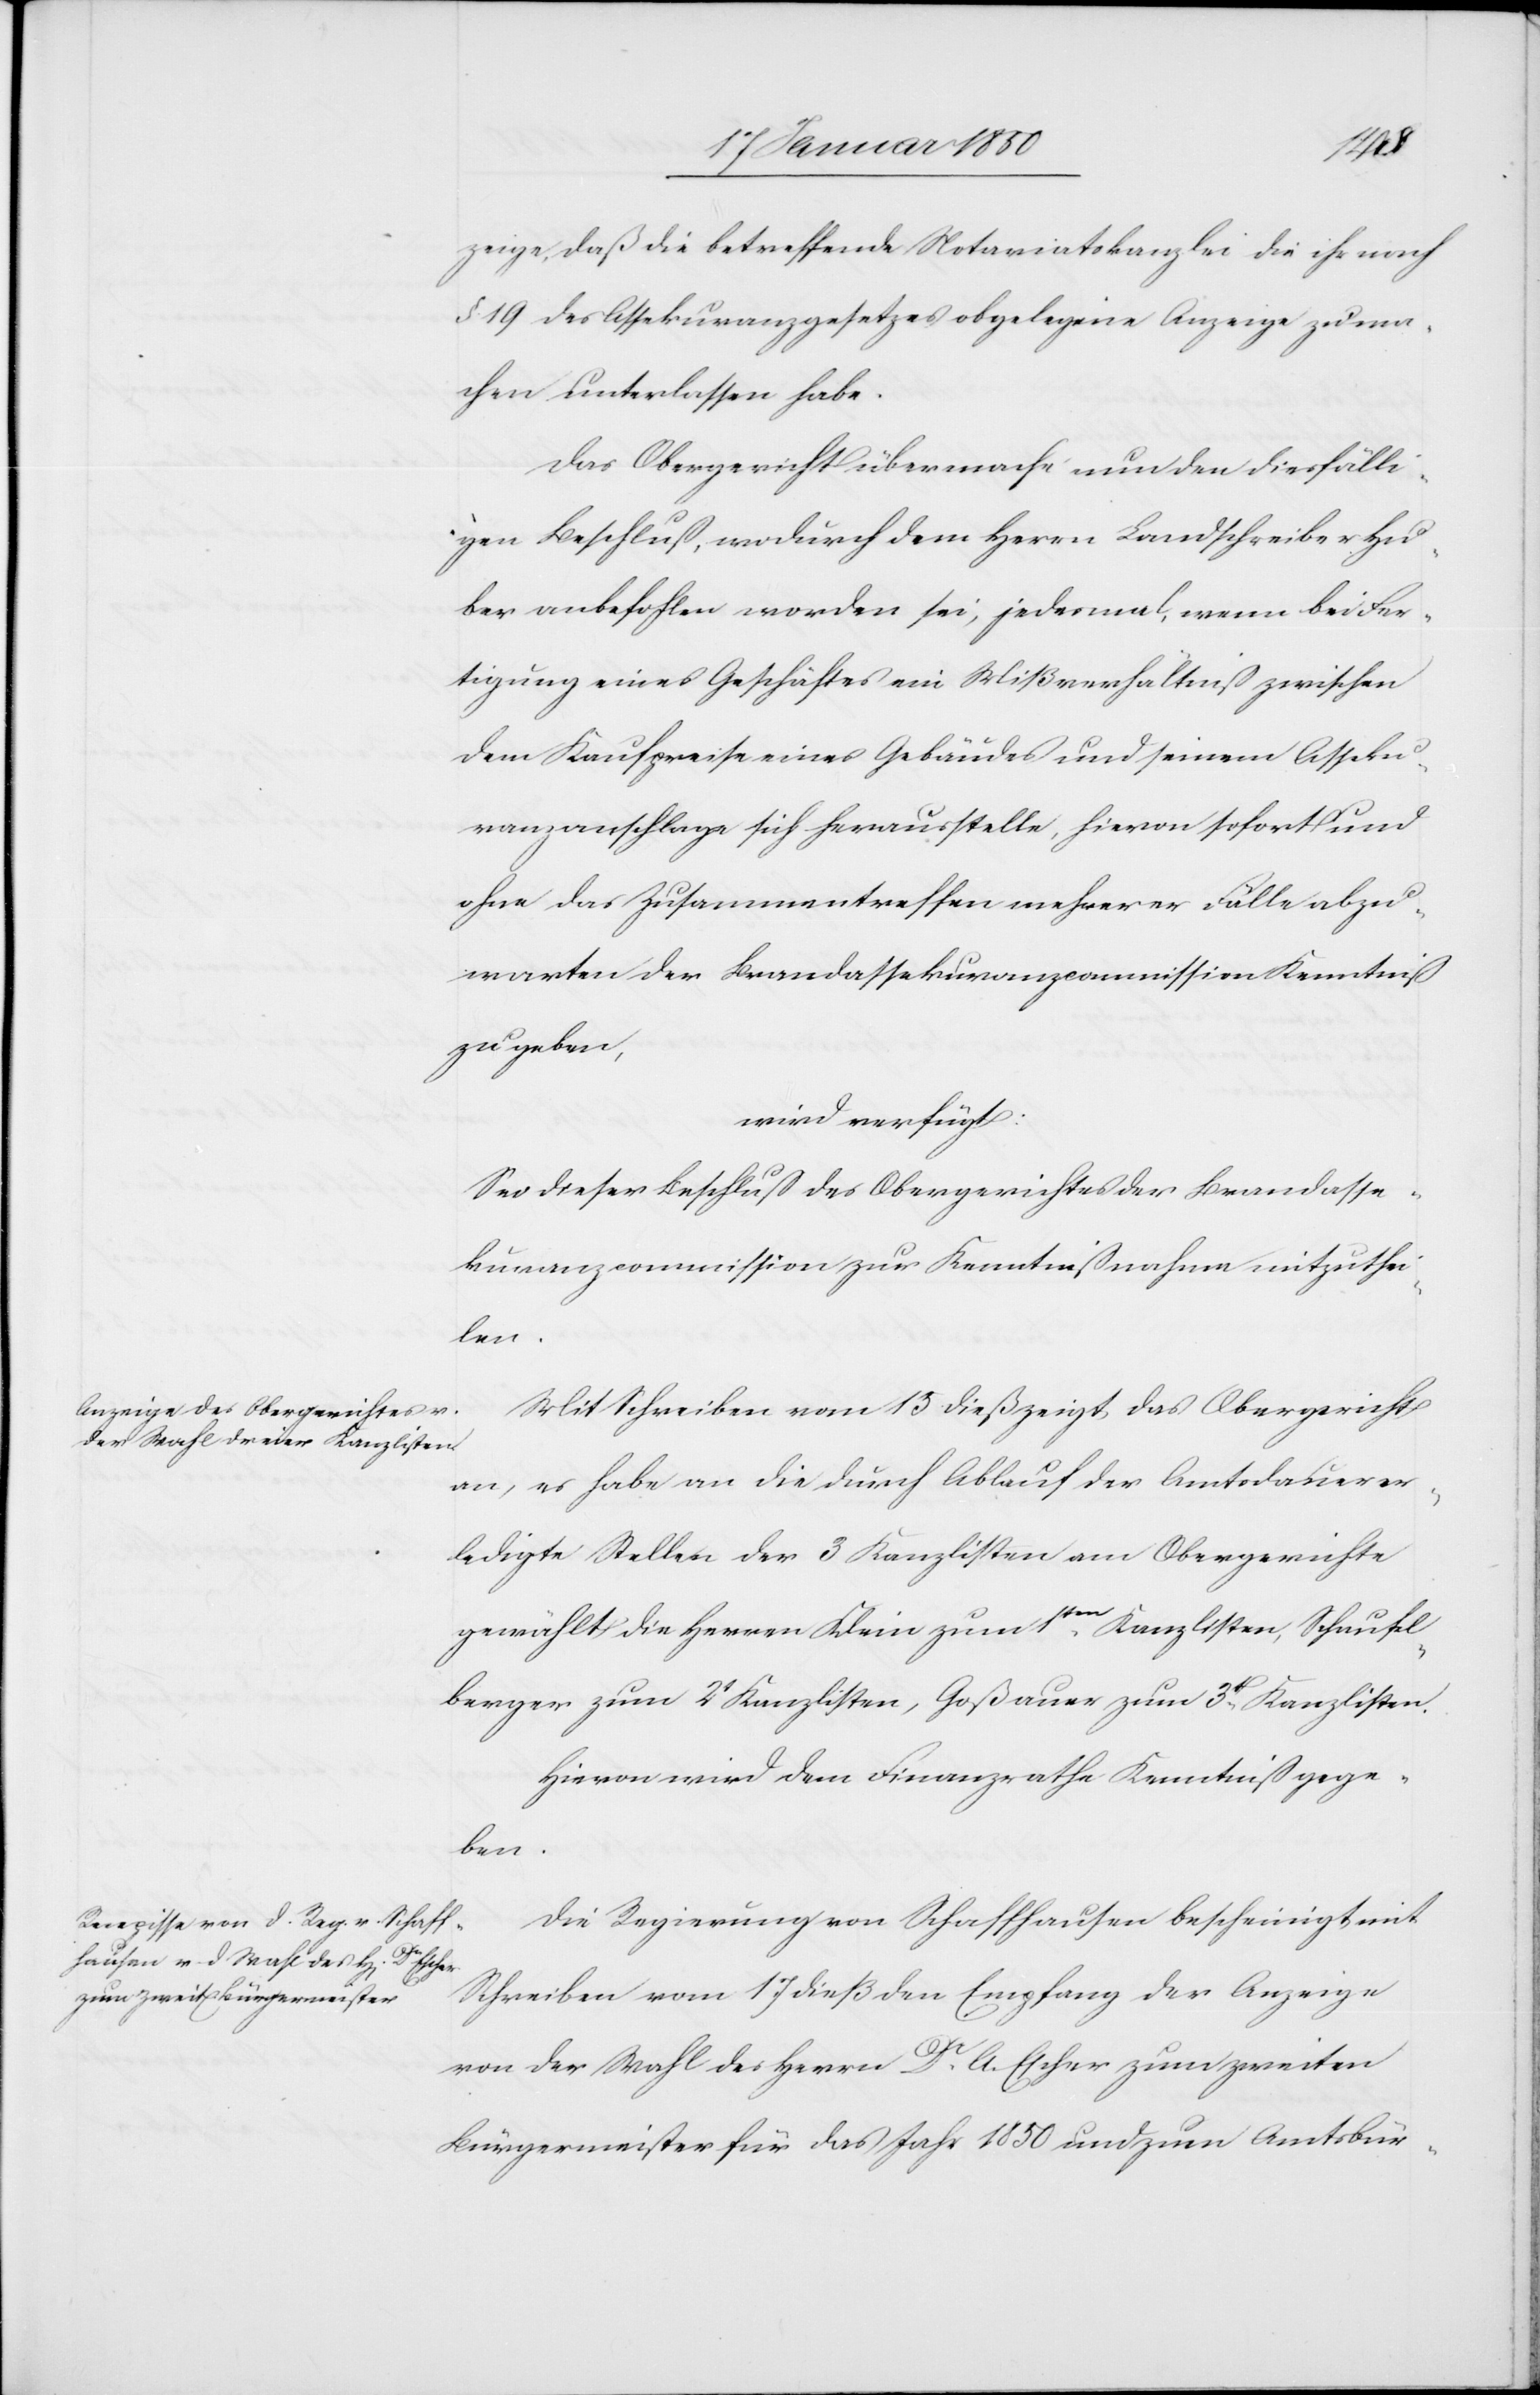
20
zeige, daß die betreffende Notariatskanzlei die ihr nach
§. 19 des Assekuranzgesetzes obgelegene Anzeige zu ma¬
chen unterlassen habe.
Das Obergericht übermache nun den diesfälli¬
gen Beschluß, wodurch dem Herrn Landschreiber Hu¬
ber anbefohlen worden sei, jedesmal, wenn bei Fer¬
tigung eines Geschäftes ein Mißverhaltniß zwischen
dem Kaufpreise eines Gebäudes und seinem Asseku¬
ranzanschlage sich herausstelle, hievon sofort und
ohne das Zusammentreffen mehrerer Fälle abzu¬
warten der Brandassekuranzcommission Kenntiß
zu geben,
wird verfügt:
Sei dieser Beschluß des Obergerichtes der Brandasse¬
kuranzcommission zur Kenntißnahme mitzuthei¬
len.
Mit Schreiben vom 15 dieß zeigt das Obergericht
an, es habe an die durch Ablauf der Amtsdauer er¬
ledigte Stellen der 3 Kanzlisten am Obergerichte
den
gewählt die Herren Klein zum 1ten Kanzlisten, Schaufel¬
berger zum 2t Kanzlisten, Goßauer zum 3t Kanzlisten.
Hievon wird dem Finanzrathe Kenntniß gege¬
den
Die Regierung von Schaffhausen bescheinigt mit
Schreiben vom 17 dieß den Empfang der Anzeige
von der Wahl des Herrn Dr A. Escher zum zweiten
Bürgermeister für das Jahr 1850 und zum Amtsbür-